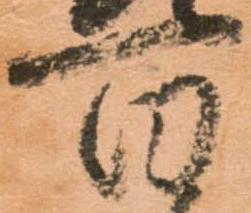
百